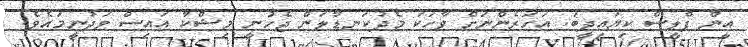
އީން ޕްލީސް ކިޔައިދީބަ. އަހަރެންނަށް ވާހަކަ މެދުކަނޑާލަން ޖެހުނީ މިޝްކާ އައިސް ވަދުނީމައެވެ.